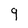
Character: 9